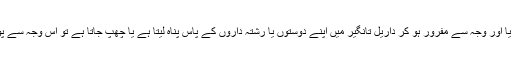
اب اگر ایک شخص ذاتی بناء پر کسی قتل یا اور وجہ سے مفرور ہو کر داریل تانگیر میں اپنے دوستوں یا رشتہ داروں کے پاس پناہ لیتا ہے یا چھپ جاتا ہے تو اس وجہ سے پوری وادی کو بد نام نہیں کیا جا سکتا ہے۔